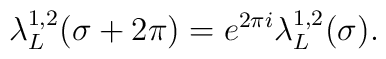
\lambda_L^{1,2}(\sigma+2\pi) = e^{2\pi i}\lambda_L^{1,2}(\sigma).